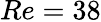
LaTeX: Re=38